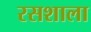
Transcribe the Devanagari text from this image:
रसशाला